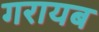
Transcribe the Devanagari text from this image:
गरायब